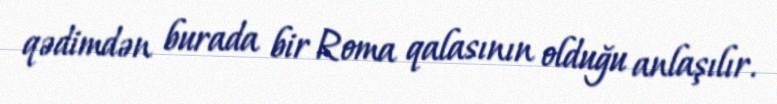
qədimdən burada bir Roma qalasının olduğu anlaşılır.